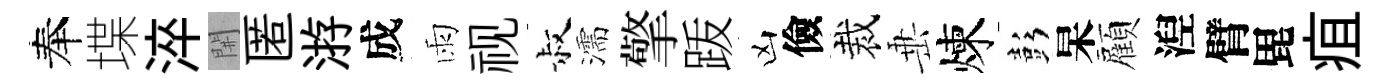
奉堞淬𨳩匿㳺成雨视叔濡擎䟦凶儉裁𡸁煉彭杲顏湼臂毘疽